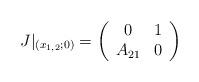
LaTeX: \begin{align*} J|_{(x_{1,2};0)}=\left( \begin{array}{cc} 0 & 1 \\ A_{21} & 0 \\ \end{array} \right)\end{align*}